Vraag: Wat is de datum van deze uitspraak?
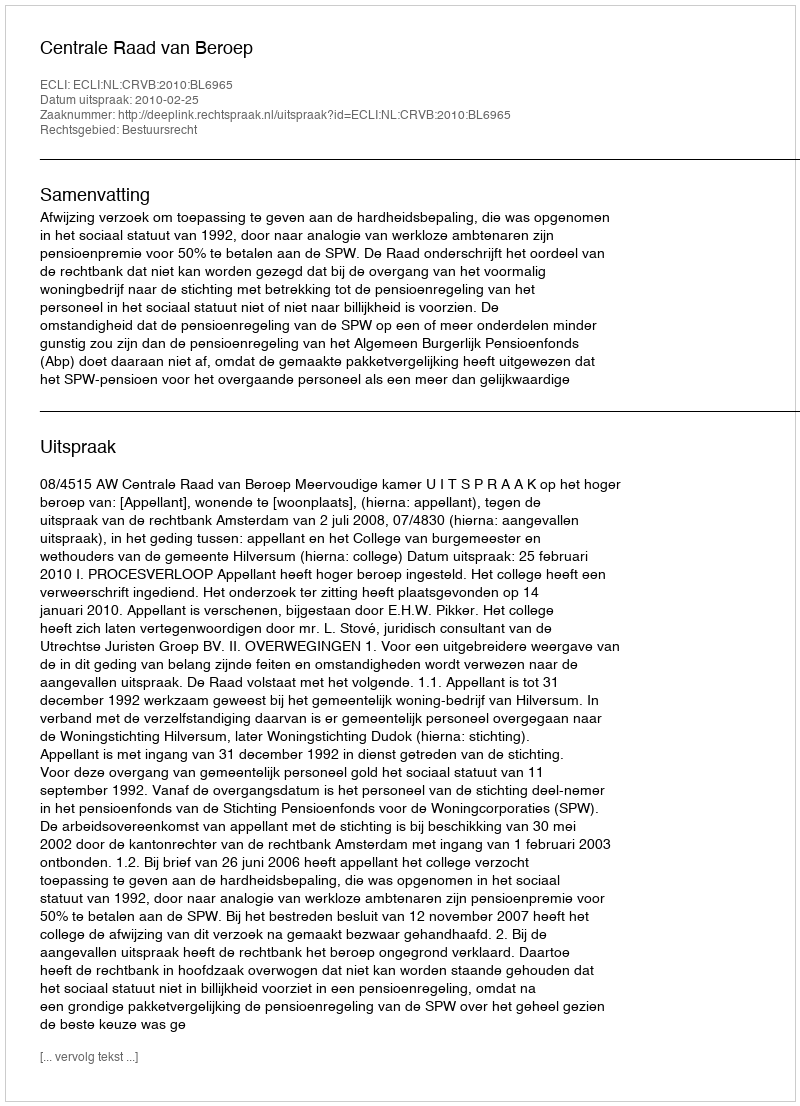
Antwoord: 2010-02-25